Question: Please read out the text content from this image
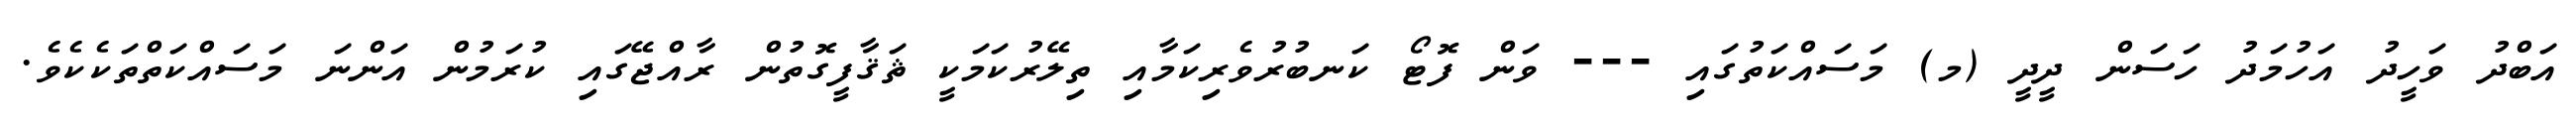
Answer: އަބްދު ވަހީދު އަހުމަދު ހަސަން ދީދީ (މ) މަސައްކަތުގައި --- ވަން ފޮޓޯ ކަނބުރުވެރިކަމާއި ތިލޭރުކަމަކީ ޘަޤާފީގޮތުން ރާއްޖޭގައި ކުރަމުން އަންނަ މަސައްކަތްތަކެކެވެ.